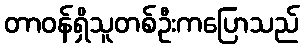
တာဝန်ရှိသူတစ်ဦးကပြောသည်